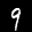
Label: 9